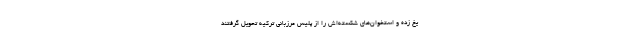
يخ زده و استخوان‌هاي شكسته‌اش را از پليس مرزباني تركيه تحويل گرفتند